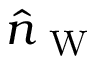
\hat { n } _ { \mathrm { ~ W ~ } }